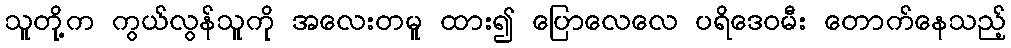
သူတို့က ကွယ်လွန်သူကို အလေးတမူ ထား၍ ပြောလေလေ ပရိဒေဝမီး တောက်နေသည့်